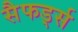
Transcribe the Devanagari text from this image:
सैफर्ड्स